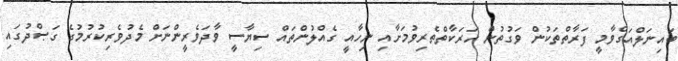
ބައިނަލްއަގްވާމީ ފަރާތްތަކުން ވަގުތުން ހަރަކާތްތެރިވުމަށާއި ނިހާއީ ގެއްލުންތައް ސިޔާސީ ވާދަވެރީންނަށް މެދުވެރިކުރުމުގެ ގަޞްދުގައި